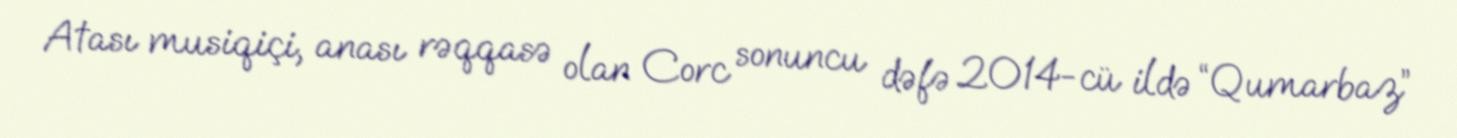
Atası musiqiçi, anası rəqqasə olan Corc sonuncu dəfə 2014-cü ildə “Qumarbaz”